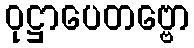
ဝုဋ္ဌာပေတဗ္ဗော